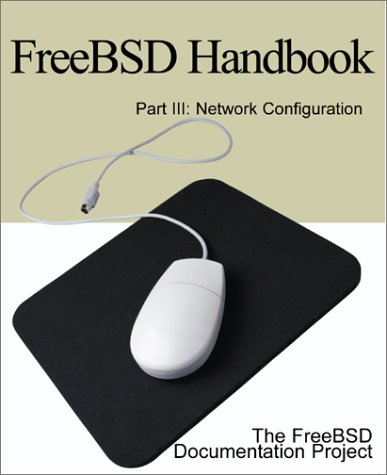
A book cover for Freebsd Handbook: Network Configuration (FreeBSD Handbooks); FreeBSD Documentation Project; Computers & Technology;